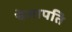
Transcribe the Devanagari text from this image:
चेलापति